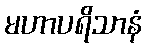
မဟာပရိသာနံ